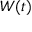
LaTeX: \mathbf { } W ( t )